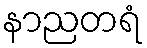
နာညတရံ